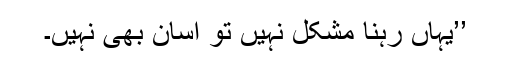
’’یہاں رہنا مشکل نہیں تو آسان بھی نہیں۔